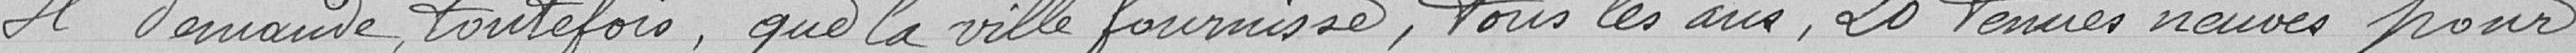
Il demande toutefois, que la ville fournisse, tous les ans, 20 tenues neuves pour